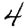
Digit: 4